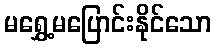
မရွှေ့မပြောင်းနိုင်သော